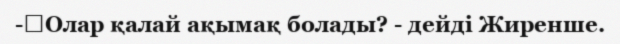
-	Олар қалай ақымақ болады? - дейді Жиренше.